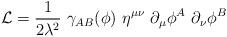
LaTeX: \begin{align*}\mathcal{L}=\frac{1}{2\lambda^2}~\gamma_{AB}(\phi)~\eta^{\mu\nu}~\partial_\mu\phi^A~\partial_\nu\phi^B\end{align*}